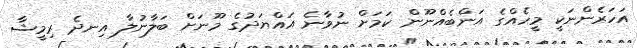
އަހަރެންނަކީ މީހެއްގެ އަންބެއްނޫން ކަމަށް ނުވާނެ އައްޔަދުގެ މޫނަށް ބަލާނުލާ އިނދެ ރިމީޝާ